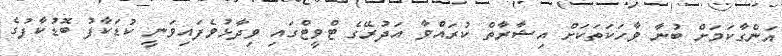
އަންގާކަމަށް ބުނާ ވާހަކަތަކަށް އިޝާރާތް ކުރައްވާ އަދުރޭގެ ޓްވީޓްގައި ވިދާޅުވެފައިވަނީ ކުޑަކާފު ބޮޑުކާފުގެ